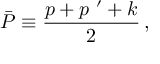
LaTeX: \bar { P } \equiv \frac { p + p ^ { \ \prime } + k } { 2 } \, ,